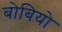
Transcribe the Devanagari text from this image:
बोबियो